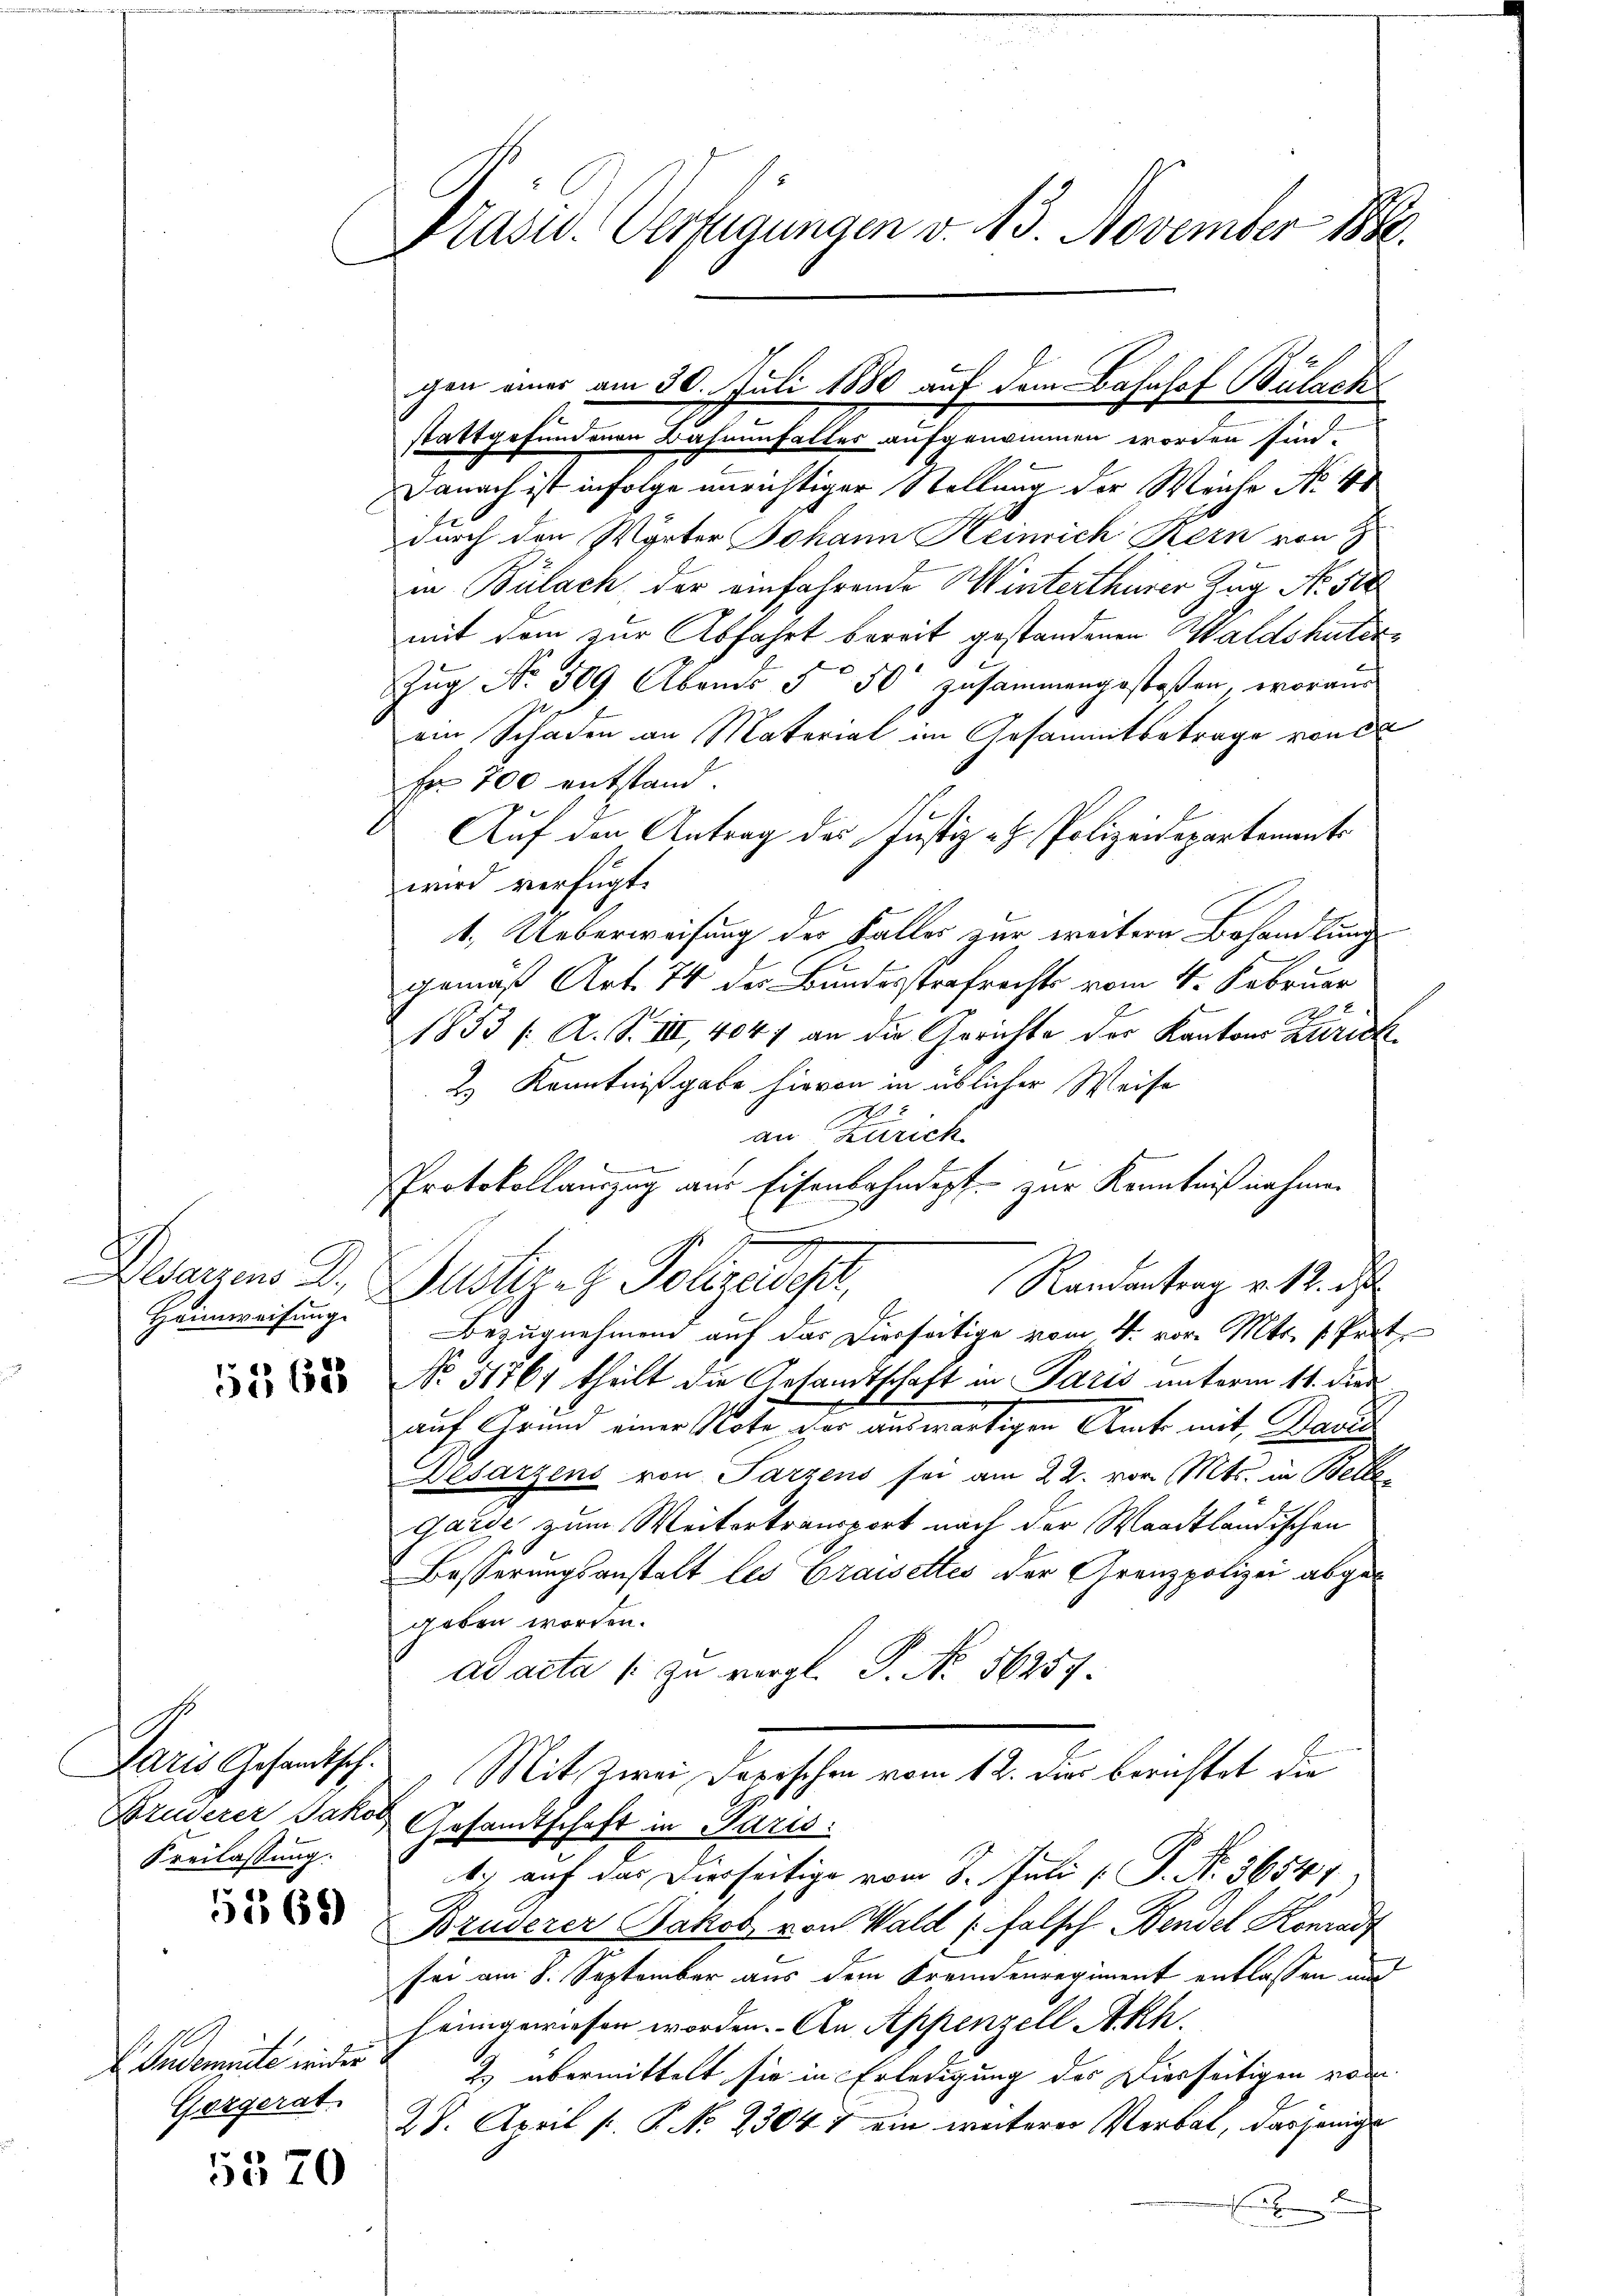
Paris Gesandtsch.
Freilassung.

1268)

Gergerat.

5570

Präsid. Verfügungen v. 13. November 186.

stattgefundenen Bahnenfalles aufgenommen worden sind.
Danach ist infolge unrichtiger Stellung der Weiche No 40
durch den Wörter Johann Heinrich Kern von Z
in Bülach der einfahrende Winterthurer Zug No. 500
mit dem zur Abfahrt bereit gestandenen Waldshuter¬
Zŭg No. 509 Abends 5 50 zusammengestoßen, woraus
ein Schaden an Material im Gesammtbetrage von de
Fr 700 entstand.
Auf den Antrag des Justiz- & Polizeidepartements
wird verfügt:
1. Ueberweisung der Falles zur weitern Behandlung
gemäß Art. 74 der Bundesstrafrechts vom 4. Februar
e
1853 /: A. S. III, 4047 an die Gerichte der Kantons Zurick¬
2.) Kenntnißgabe hievon in üblicher Weise
2
an Zürich
Protokollauszug aus Eisenbahndept zur Kenntniß nehmen
waren Dr. Sulze z. Polizeidigt,
Randantrag v. 12. d
Heimweisung Bezugnehmend auf das Dierseitige vom 4. vor. Mts. 1 Part
 No. 31761 theilt die Gesandtschaft in Paris unterm 11. die
auf Grund einer Note der auswärtigen Amt mit Stande
Desarzens von Parzens sei am 22. vor. Mts. in Belle
Garde zum Weitertransport nach der Waadtländischen
Besserungsanstalt les Graisettes der Grenzpolizei abgen
geben worden.
ad acta /: zu vergl. P. No. 56257.
Mit Zwei Depeschen vom 12. Die berichtet die
Bruderer Jakob Gesandtschaft in Paris
1) auf das Dierseitige vom 8. Juli [ P. Nr. 36544.
Bruderer Jakob von Wald (Falsch Bendel Konradt
sei am 8. September aus dem Fremdenregiment entlassen und
heimgewiesen worden. Den Appenzell Akh.
Indemeute wider 2) übermittelt sie in Erledigung der Dierseitigen von
28. April [ P. No 23047 ein weiterer Verbat, dasjenige
E

gen eines am 30. Juli 1880 auf dem Bahnhof Bülach